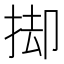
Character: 𢭙